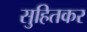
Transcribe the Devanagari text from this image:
सुहितकर